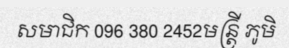
សមាជិក 096 380 2452មន្ត្រី ភូមិ